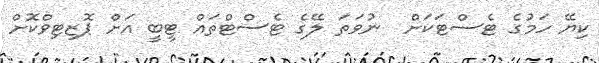
ކިޔޭ ހަމުގެ ޓެސްޓަކަށް  ނުވަތަ ލޭގެ ޓެސްޓްތައް ޓީބީ އަށް ޕޮޒިޓިވްކޮށް